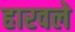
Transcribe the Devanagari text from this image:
हारवले